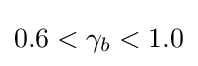
0.6<\gamma _{b}<1.0